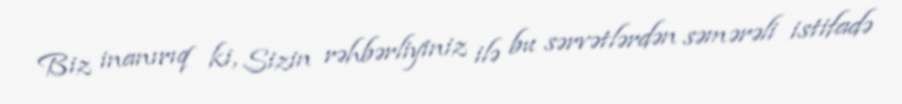
Biz inanırıq ki, Sizin rəhbərliyiniz ilə bu sərvətlərdən səmərəli istifadə